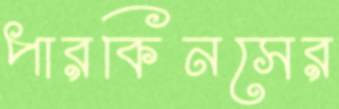
পারকিনসের